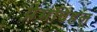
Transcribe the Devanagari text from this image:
प्रेमविहल